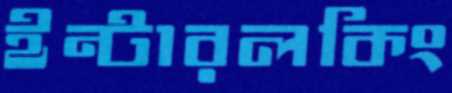
ইন্টারলকিং